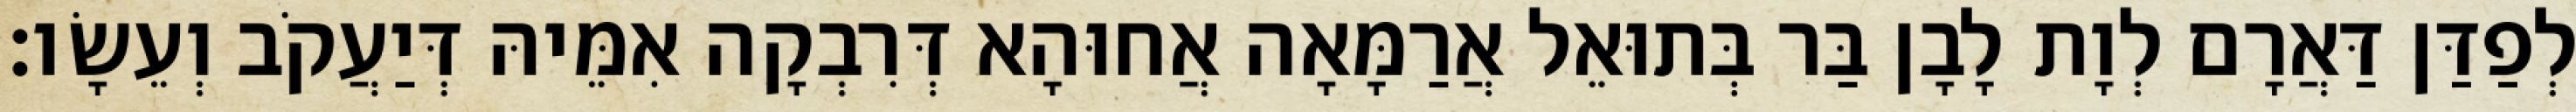
לְפַדַּן דַּאֲרָם לְוָת לָבָן בַּר בְּתוּאֵל אֲרַמָּאָה אֲחוּהָא דְּרִבְקָה אִמֵּיהּ דְּיַעֲקֹב וְעֵשָׂו׃